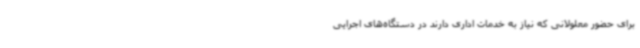
برای حضور معلولانی که نیاز به خدمات اداری دارند در دستگاه‌های اجرایی